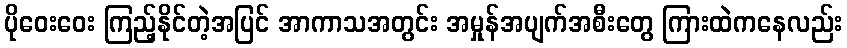
ပိုဝေးဝေး ကြည့်နိုင်တဲ့အပြင် အာကာသအတွင်း အမှုန်အပျက်အစီးတွေ ကြားထဲကနေလည်း